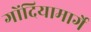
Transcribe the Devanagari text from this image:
गोंदियामार्गे